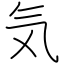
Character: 気